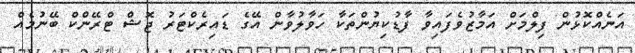
އަނެއްކޮޅުން ފިލްމަށް އަމާޒުވެފައިވާ ފާޑުކިޔުންތަކާ ހަވާލުވާން އޭގެ ޑައިރެކްޓަރު ޖޮޝް ޓްރޭންކް ބޭނުމެއް